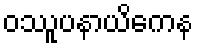
ဝဿူပနာယိကေန